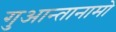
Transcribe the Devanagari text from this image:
गुआन्तानामो